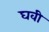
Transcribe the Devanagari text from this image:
घवी